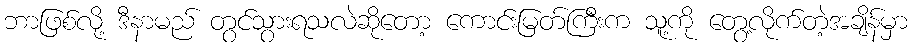
ဘာဖြစ်လို့ ဒီနာမည် တွင်သွားရသလဲဆိုတော့ ကောင်းမြတ်ကြီးက သူ့ကို တွေ့လိုက်တဲ့အချိန်မှာ